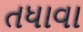
તધાવા